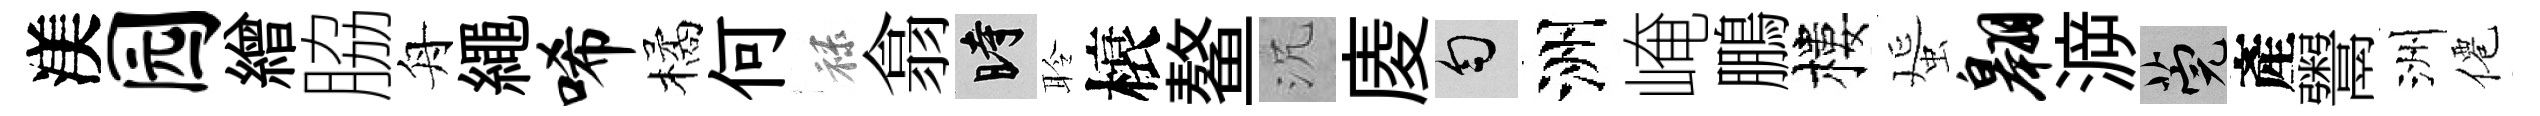
渼园繒脇舟繩唏橘何禄翕时聆榱鳌沉庱匀洲崦鵬樓蜑翱㴑筦產鬻洲僊